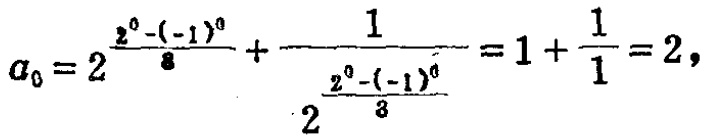
\[

a_{0}=2^{\frac{2^{0}-(-1)^{0}}{8}}+\frac{1}{2^{\frac{2^{0}-(-1)^{0}}{8}}}=1 + \frac{1}{1}=2,

\]